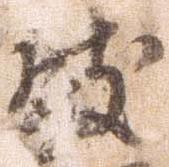
防